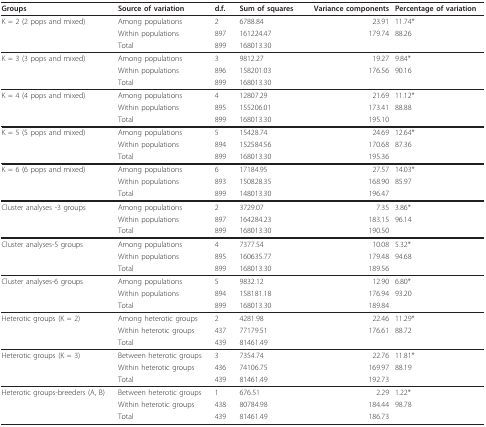
<table><thead><tr><td><b>Groups</b></td><td><b>Source of variation</b></td><td><b>d.f.</b></td><td><b>Sum of squares</b></td><td><b>Variance components</b></td><td><b>Percentage of variation</b></td></tr></thead><tbody><tr><td>K = 2 (2 pops and mixed)</td><td>Among populations</td><td>2</td><td>6788.84</td><td>23.91</td><td>11.74*</td></tr><tr><td></td><td>Within populations</td><td>897</td><td>161224.47</td><td>179.74</td><td>88.26</td></tr><tr><td></td><td>Total</td><td>899</td><td>168013.30</td><td></td><td></td></tr><tr><td>K = 3 (3 pops and mixed)</td><td>Among populations</td><td>3</td><td>9812.27</td><td>19.27</td><td>9.84*</td></tr><tr><td></td><td>Within populations</td><td>896</td><td>158201.03</td><td>176.56</td><td>90.16</td></tr><tr><td></td><td>Total</td><td>899</td><td>168013.30</td><td></td><td></td></tr><tr><td>K = 4 (4 pops and mixed)</td><td>Among populations</td><td>4</td><td>12807.29</td><td>21.69</td><td>11.12*</td></tr><tr><td></td><td>Within populations</td><td>895</td><td>155206.01</td><td>173.41</td><td>88.88</td></tr><tr><td></td><td>Total</td><td>899</td><td>168013.30</td><td>195.10</td><td></td></tr><tr><td>K = 5 (5 pops and mixed)</td><td>Among populations</td><td>5</td><td>15428.74</td><td>24.69</td><td>12.64*</td></tr><tr><td></td><td>Within populations</td><td>894</td><td>152584.56</td><td>170.68</td><td>87.36</td></tr><tr><td></td><td>Total</td><td>899</td><td>168013.30</td><td>195.36</td><td></td></tr><tr><td>K = 6 (6 pops and mixed)</td><td>Among populations</td><td>6</td><td>17184.95</td><td>27.57</td><td>14.03*</td></tr><tr><td></td><td>Within populations</td><td>893</td><td>150828.35</td><td>168.90</td><td>85.97</td></tr><tr><td></td><td>Total</td><td>899</td><td>148013.30</td><td>196.47</td><td></td></tr><tr><td>Cluster analyses -3 groups</td><td>Among populations</td><td>2</td><td>3729.07</td><td>7.35</td><td>3.86*</td></tr><tr><td></td><td>Within populations</td><td>897</td><td>164284.23</td><td>183.15</td><td>96.14</td></tr><tr><td></td><td>Total</td><td>899</td><td>168013.30</td><td>190.50</td><td></td></tr><tr><td>Cluster analyses-5 groups</td><td>Among populations</td><td>4</td><td>7377.54</td><td>10.08</td><td>5.32*</td></tr><tr><td></td><td>Within populations</td><td>895</td><td>160635.77</td><td>179.48</td><td>94.68</td></tr><tr><td></td><td>Total</td><td>899</td><td>168013.30</td><td>189.56</td><td></td></tr><tr><td>Cluster analyses-6 groups</td><td>Among populations</td><td>5</td><td>9832.12</td><td>12.90</td><td>6.80*</td></tr><tr><td></td><td>Within populations</td><td>894</td><td>158181.18</td><td>176.94</td><td>93.20</td></tr><tr><td></td><td>Total</td><td>899</td><td>168013.30</td><td>189.84</td><td></td></tr><tr><td>Heterotic groups (K = 2)</td><td>Among heterotic groups</td><td>2</td><td>4281.98</td><td>22.46</td><td>11.29*</td></tr><tr><td></td><td>Within heterotic groups</td><td>437</td><td>77179.51</td><td>176.61</td><td>88.72</td></tr><tr><td></td><td>Total</td><td>439</td><td>81461.49</td><td></td><td></td></tr><tr><td>Heterotic groups (K = 3)</td><td>Between heterotic groups</td><td>3</td><td>7354.74</td><td>22.76</td><td>11.81*</td></tr><tr><td></td><td>Within heterotic groups</td><td>436</td><td>74106.75</td><td>169.97</td><td>88.19</td></tr><tr><td></td><td>Total</td><td>439</td><td>81461.49</td><td>192.73</td><td></td></tr><tr><td>Heterotic groups-breeders (A, B)</td><td>Between heterotic groups</td><td>1</td><td>676.51</td><td>2.29</td><td>1.22*</td></tr><tr><td></td><td>Within heterotic groups</td><td>438</td><td>80784.98</td><td>184.44</td><td>98.78</td></tr><tr><td></td><td>Total</td><td>439</td><td>81461.49</td><td>186.73</td><td></td></tr></tbody></table>